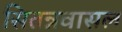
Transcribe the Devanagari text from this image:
सितन्नवासल